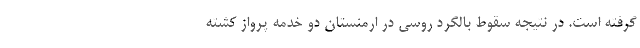
گرفته است. در نتیجه سقوط بالگرد روسی در ارمنستان دو خدمه پرواز کشته